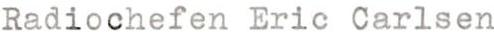
Radiochefen Eric Carlsen